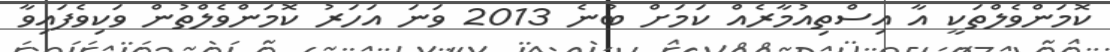
ކޮމަންވެލްތަކީ އާ އިސްތިއުމާރެއް ކަމަށް ބުނެ 2013 ވަނަ އަހަރު ކޮމަންވެލްތުން ވަކިވެފައިވާ